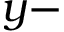
y -